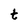
Character: t